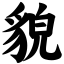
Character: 貌